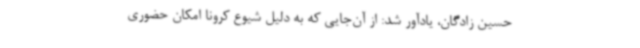
حسین زادگان، یادآور شد: از آن‌جایی که به دلیل شیوع کرونا امکان حضوری